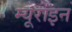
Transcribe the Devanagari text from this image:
म्यूराइन